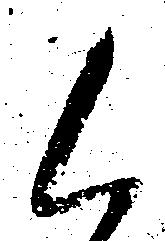
候